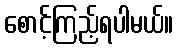
စောင့်ကြည့်ရပါမယ်။